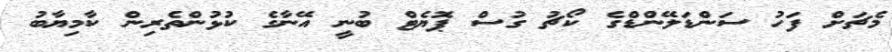
މެޗަށް ފަހު ސަންޑަލޭންޑްގެ ކޯޗު ގުސް ޕޮޔެޓް ބުނީ އޭނާގެ ކުޅުންތެރިން ކާމިޔާބު